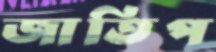
জাতিপ